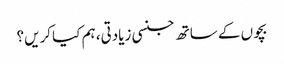
بچوں کے ساتھ جنسی زیادتی، ہم کیا کریں؟